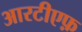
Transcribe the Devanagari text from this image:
आरटीएफ़